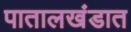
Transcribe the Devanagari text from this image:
पातालखंडात